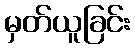
မှတ်ယူခြင်း